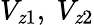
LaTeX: V_{\mathit{z}1},\ V_{\mathit{z}2}